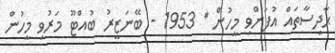
ޙާދިސާތައް އުފަންވި މީހުން * 1953 - ބޭނަޒީރު ބުއްޓޫ މަރުވި މީހުން